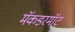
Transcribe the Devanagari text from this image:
मॅकडरमॉट